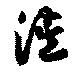
徙